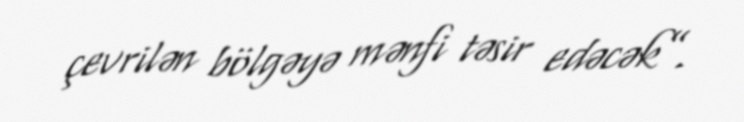
çevrilən bölgəyə mənfi təsir edəcək”.